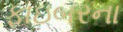
ફાઇબરના